system: You are a helpful assistant.
user:
Analyze the provided spectrum to determine if it is a **M-type Giant (gM)**.

A M-type Giant spectrum is defined by its **strong molecular absorption** features, particularly from **Titanium Oxide (TiO)**. You must check for one of the following mutually exclusive signatures:

- **Key Visual Indicators (Absorption-Dominated Spectrum):**

    - **(Primary):** The spectrum is dominated by strong molecular absorption from **Titanium Oxide (TiO)**. This is the **defining feature** of its M-type temperature class.
        - **(Key Bandheads):** Look for sharp, "saw-tooth" absorption valleys. The strongest are located near **~7050 Å**, **~6160 Å**, and **~5170 Å**.
        - **(Line Profile):** The "saw-tooth" morphology is critical: a **sharp, steep drop on the BLUE (short-wavelength) side** of the bandhead, followed by a gradual recovery (rising flux) towards the RED (long-wavelength) side.

    - **(Key Confirmation - Giant vs. Dwarf):** **ABSENCE** of strong **Calcium Hydride (CaH)** molecular bands. This is the primary diagnostic for *excluding* M-dwarfs.
        - **(Key Region):** The spectrum should lack the strong, broad absorption band seen in dwarfs between **~6800 Å and ~7000 Å**.

    - **(Secondary Confirmation - Giant):** A very strong and broad **Neutral Calcium (Ca I)** atomic absorption line.
        - **(Key Line):** Located at **~4226 Å**. In a giant (gM), this line is significantly deeper and broader than the same line in an M-dwarf (dM) due to low surface gravity.

    - **(Overall Spectrum):**
        - The continuum is **extremely red-sloping** (i.e., flux is very low in the blue and rises dramatically towards the red).
        - The entire spectrum appears "chopped up" by the deep TiO bands.

Think first, call **spectral_visualization_tool** if needed to examine features in detail, then provide your final answer. Your response must adhere to the following strict rules:
1.  **Overall Structure:** Your response must follow the format `<think>...</think> <tool_call>...</tool_call> (if a tool is used) <answer>...</answer>`.
2.  **Tool Usage Constraint:** You may only make **one** tool call per turn.
3.  **Final Answer Format:** In the `<answer>` tag, your conclusion must be inside a `\boxed{}` command (e.g., `\boxed{YES}` or `\boxed{NO}`), followed by your justification.

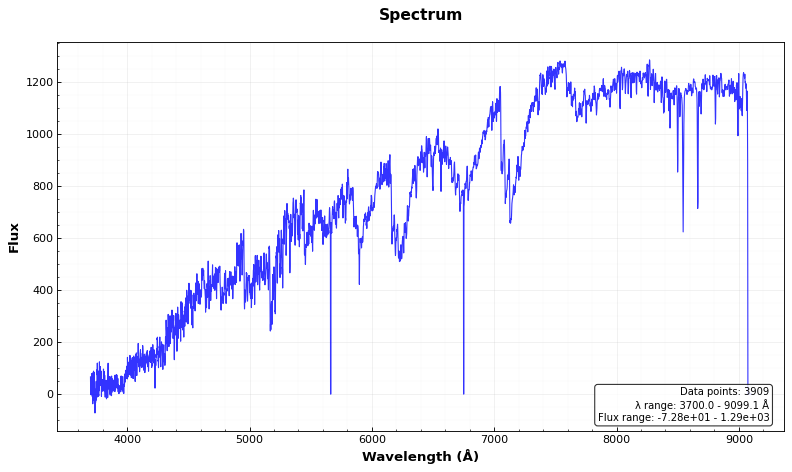
Answer: YES